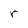
Character: r